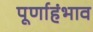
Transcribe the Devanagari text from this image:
पूर्णाहंभाव